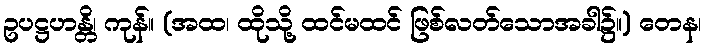
ဥပဋ္ဌဟန္တိ၊ ကုန်။ (အထ၊ ထိုသို့ ထင်မထင် ဖြစ်လတ်သောအခါ၌။) တေန၊